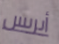
أيريس